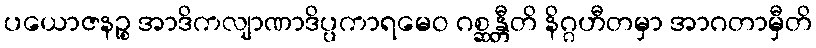
ပယောဇနဉ္စ အာဒိကလျာဏာဒိပ္ပကာရမေဝ ဂစ္ဆန္တီတိ နိဂ္ဂဟီတမှာ အာဂတာမှီတိ